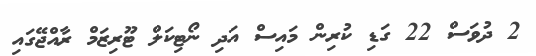
2 ދުވަސް 22 ގަޑި ކުރިން މައިސް އަދި ނޯޓިކަލް ޓޫރިޒަމް ރާއްޖޭގައި